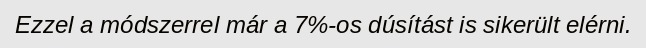
Ezzel a módszerrel már a 7%-os dúsítást is sikerült elérni.